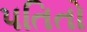
પતિતો